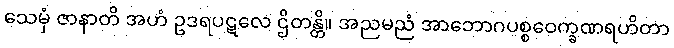
သေမှံ ဇာနာတိ အဟံ ဥဒရပဋလေ ဌိတန္တိ။ အညမညံ အာဘောဂပစ္စဝေက္ခဏရဟိတာ